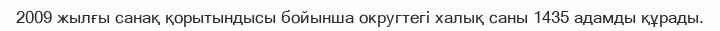
2009 жылғы санақ қорытындысы бойынша округтегі халық саны 1435 адамды құрады.